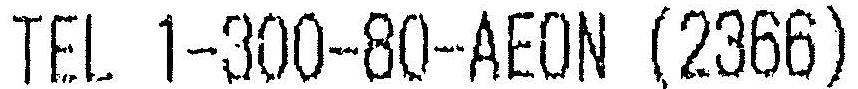
TEL 1-300-80-AEON (2366)